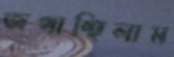
জপাচ্ছিলাম